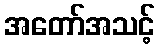
အတော်အသင့်